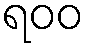
ရ၀၀